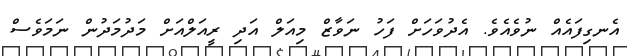
އެނގިފައެއް ނުވެއެވެ. އެދުވަހަށް ފަހު ނަވާޒް މިއަލް އަދި ރީއަލްއަށް މަދުމަދުން ނަމަވެސް